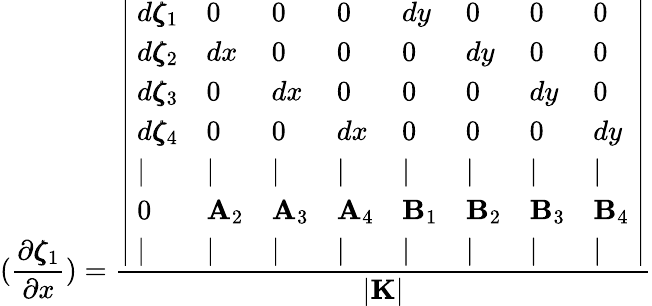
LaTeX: (\frac{\partial\pmb{\zeta}_{1}}{\partial x})=\frac{\left|\begin{array}{llllllll}{~d\pmb{\zeta}_{1}}&{0}&{0}&{0}&{dy}&{0}&{0}&{0~}\\ {~d\pmb{\zeta}_{2}}&{dx}&{0}&{0}&{0}&{dy}&{0}&{0~}\\ {~d\pmb{\zeta}_{3}}&{0}&{dx}&{0}&{0}&{0}&{dy}&{0~}\\ {~d\pmb{\zeta}_{4}}&{0}&{0}&{dx}&{0}&{0}&{0}&{dy~}\\ {~|}&{|}&{|}&{|}&{|}&{|}&{|}&{|~}\\ {~0}&{{\mathbf A}_{2}}&{{\mathbf A}_{3}}&{{\mathbf A}_{4}}&{{\mathbf B}_{1}}&{{\mathbf B}_{2}}&{{\mathbf B}_{3}}&{{\mathbf B}_{4}~}\\ {~|}&{|}&{|}&{|}&{|}&{|}&{|}&{|~}\end{array}\right|}{|{\mathbf K}|}